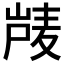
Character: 𰎴